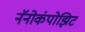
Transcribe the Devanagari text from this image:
नॅनोकंपोझिट